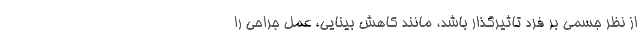
از نظر جسمی بر فرد تاثیرگذار باشد، مانند کاهش بینایی، عمل جراحی را